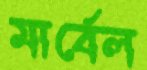
মার্বেল